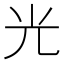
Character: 光